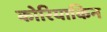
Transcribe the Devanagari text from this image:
कोरियाकिन